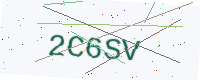
Text: 2C6SV